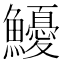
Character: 𩽇